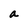
Character: a